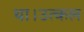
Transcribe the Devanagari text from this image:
था।उत्कल